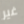
غير